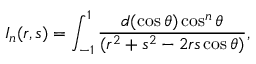
I _ { n } ( r , s ) = \int _ { - 1 } ^ { 1 } \frac { d ( \cos { \theta } ) \cos ^ { n } \theta } { ( r ^ { 2 } + s ^ { 2 } - 2 r s \cos \theta ) } ,